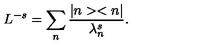
L ^ { - s } = \sum _ { n } \frac { \vert n > < n \vert } { \lambda _ { n } ^ { s } } .